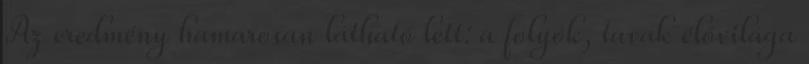
Az eredmény hamarosan látható lett: a folyók, tavak élővilága